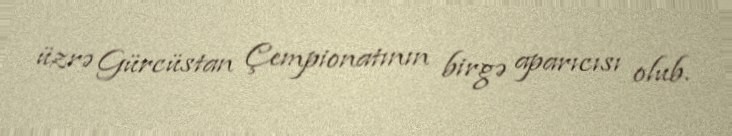
üzrə Gürcüstan Çempionatının birgə aparıcısı olub.